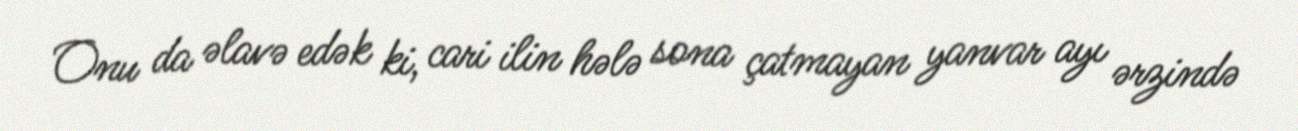
Onu da əlavə edək ki, cari ilin hələ sona çatmayan yanvar ayı ərzində